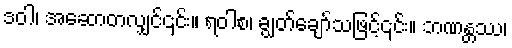
ဒဝါ၊ အဆောတလျှင်၎င်း။ ရဝါစ၊ ချွတ်ချော်သဖြင့်၎င်း။ ဘဏန္တဿ၊